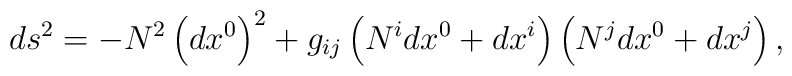
ds_{{}}^{2}=-N^{2}\left( dx^{0}\right) ^{2}+g_{ij}\left(N^{i}dx^{0}+dx^{i}\right) \left( N^{j}dx^{0}+dx^{j}\right) ,